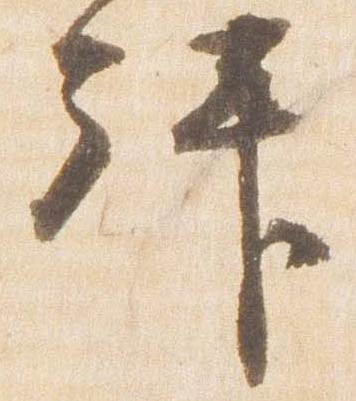
拝